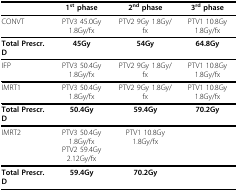
|  | 1st phase | 2nd phase | 3rd phase |
 | --- | --- | --- | --- |
 | CONVT | PTV3 45.0Gy 1.8Gy/fx | PTV2 9Gy 1.8Gy/fx | PTV1 10.8Gy 1.8Gy/fx |
 | Total Prescr. D | 45Gy | 54Gy | 64.8Gy |
 | IFP | PTV3 50.4Gy 1.8Gy/fx | PTV2 9Gy 1.8Gy/fx | PTV1 10.8Gy 1.8Gy/fx |
 | IMRT1 | PTV3 50.4Gy 1.8Gy/fx | PTV2 9Gy 1.8Gy/fx | PTV1 10.8Gy 1.8Gy/fx |
 | Total Prescr. D | 50.4Gy | 59.4Gy | 70.2Gy |
 | IMRT2 | PTV3 50.4Gy 1.8Gy/fxPTV2 59.4Gy 2.12Gy/fx | PTV1 10.8Gy 1.8Gy/fx |  |
 | Total Prescr. D | 59.4Gy | 70.2Gy |  |